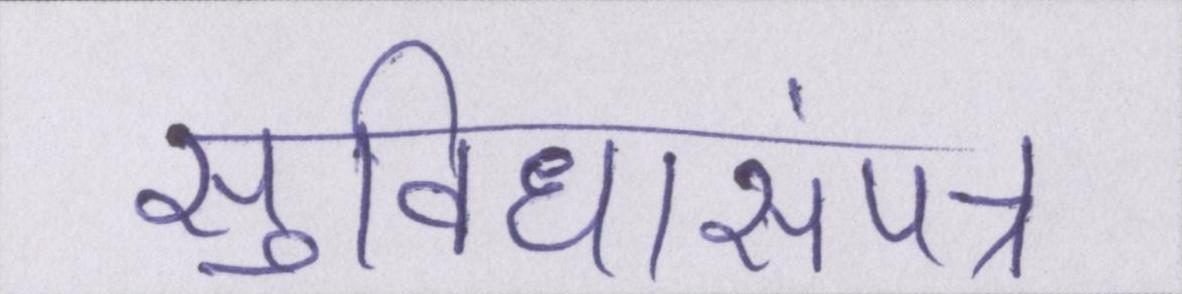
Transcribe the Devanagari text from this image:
सुविधासंपन्न